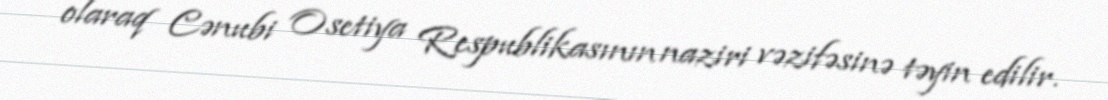
olaraq Cənubi Osetiya Respublikasının naziri vəzifəsinə təyin edilir.